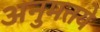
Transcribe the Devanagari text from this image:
अनुमतये